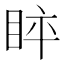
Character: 𱲵